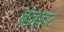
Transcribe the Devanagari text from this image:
ब्रेव्हहार्ट